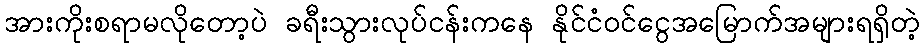
အားကိုးစရာမလိုတော့ပဲ ခရီးသွားလုပ်ငန်းကနေ နိုင်ငံ၀င်ငွေအမြောက်အများရရှိတဲ့